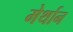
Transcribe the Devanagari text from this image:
मेर्थान